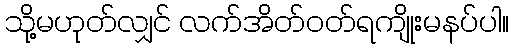
သို့မဟုတ်လျှင် လက်အိတ်ဝတ်ရကျိုးမနပ်ပါ။